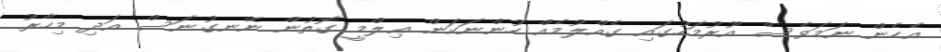
އެހެން ނަމަވެސް އޫރުމަހުގައި ގެއްލުމެއް ހުންނަކަން ޢިލްމީ ގޮތުން ނޭނގުނަސް އަދި މިހާރު